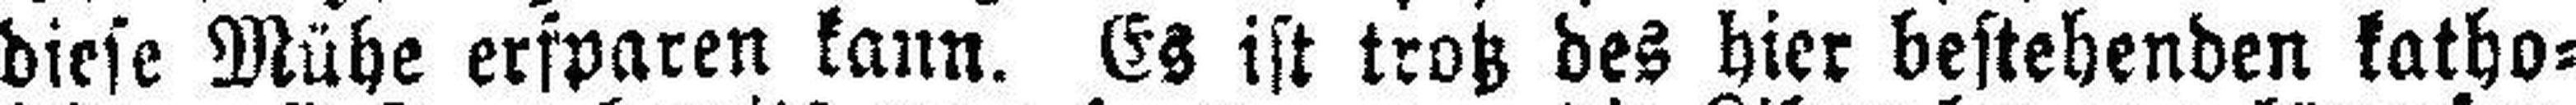
diese Mühe ersparen kann. Es ist trotz des hier bestehenden katho¬